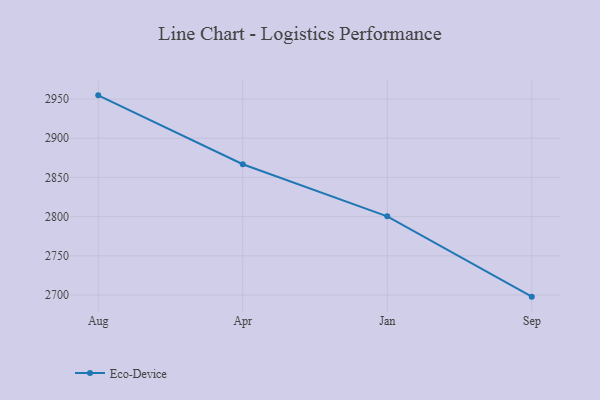
{"axis": {"x": "Month", "y": "Satisfaction Score"}, "legend": ["Eco-Device"], "data": [{"x": "Aug", "y": 2954.7, "type": "Eco-Device"}, {"x": "Apr", "y": 2866.8, "type": "Eco-Device"}, {"x": "Jan", "y": 2800.4, "type": "Eco-Device"}, {"x": "Sep", "y": 2697.9, "type": "Eco-Device"}]}